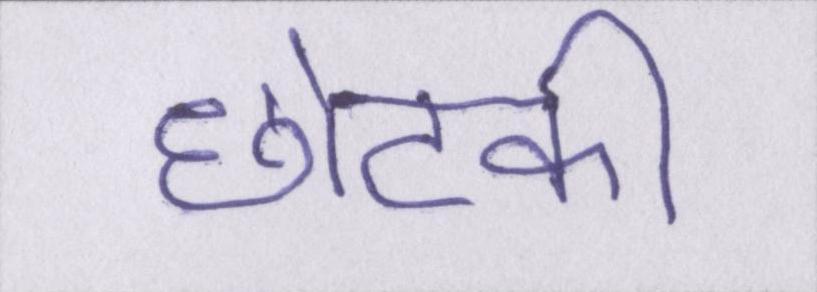
छोटकी